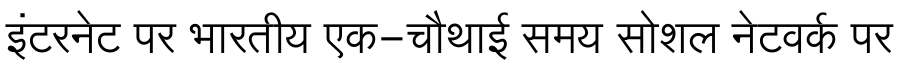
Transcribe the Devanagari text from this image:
इंटरनेट पर भारतीय एक-चौथाई समय सोशल नेटवर्क पर